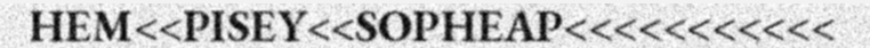
HEM<<PISEY<<SOPHEAP<<<<<<<<<<<